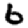
Digit: 6